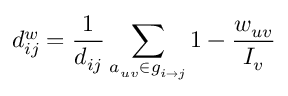
d _ { i j } ^ { w } = \frac { 1 } { d _ { i j } } \sum _ { a _ { u v } \in g _ { i \rightarrow j } } 1 - \frac { w _ { u v } } { I _ { v } }